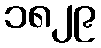
၁၈၂၉